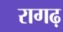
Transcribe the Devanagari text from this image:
रागढ़